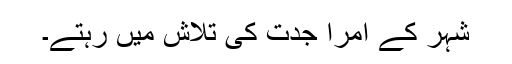
شہر کے امرا جدت کی تلاش میں رہتے۔